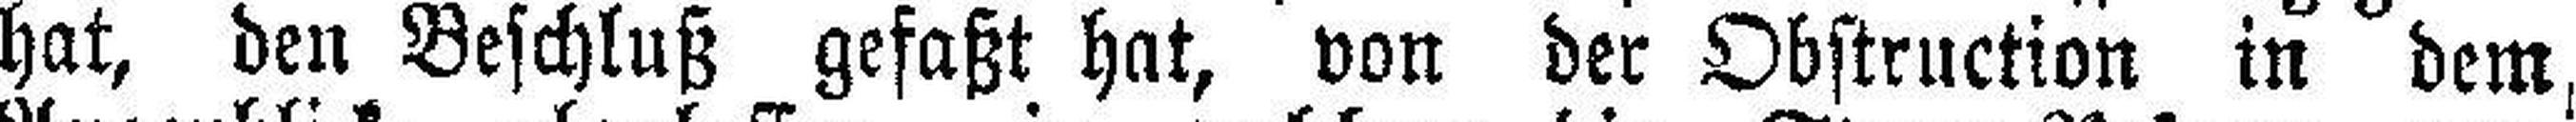
hat, den Beschluß gefaßt hat, von der Obstruction in dem,